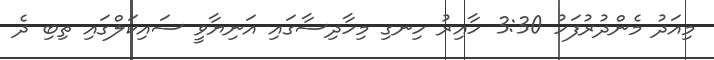
މިއަދު މެންދުރުފަހު 3:30 ހާއިރު ހިނގި މިހާދިސާގައި އަނިޔާވީ ސައިކަލްގައި ތިބި ދެ